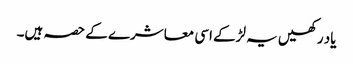
یاد رکھیں یہ لڑکے اسی معاشرے کے حصہ ہیں۔